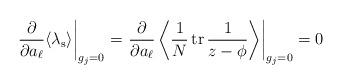
LaTeX: \begin{align*}\left.\frac{\partial}{\partial a_\ell}\langle\lambda_{\rm s}\rangle\right|_{g_j=0}=\left.\frac{\partial}{\partial a_\ell}\left\langle\frac1N\,{\rm tr}\,\frac{1}{z-\phi}\right\rangle\right|_{g_j=0}=0\end{align*}